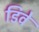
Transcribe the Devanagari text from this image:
डिवे